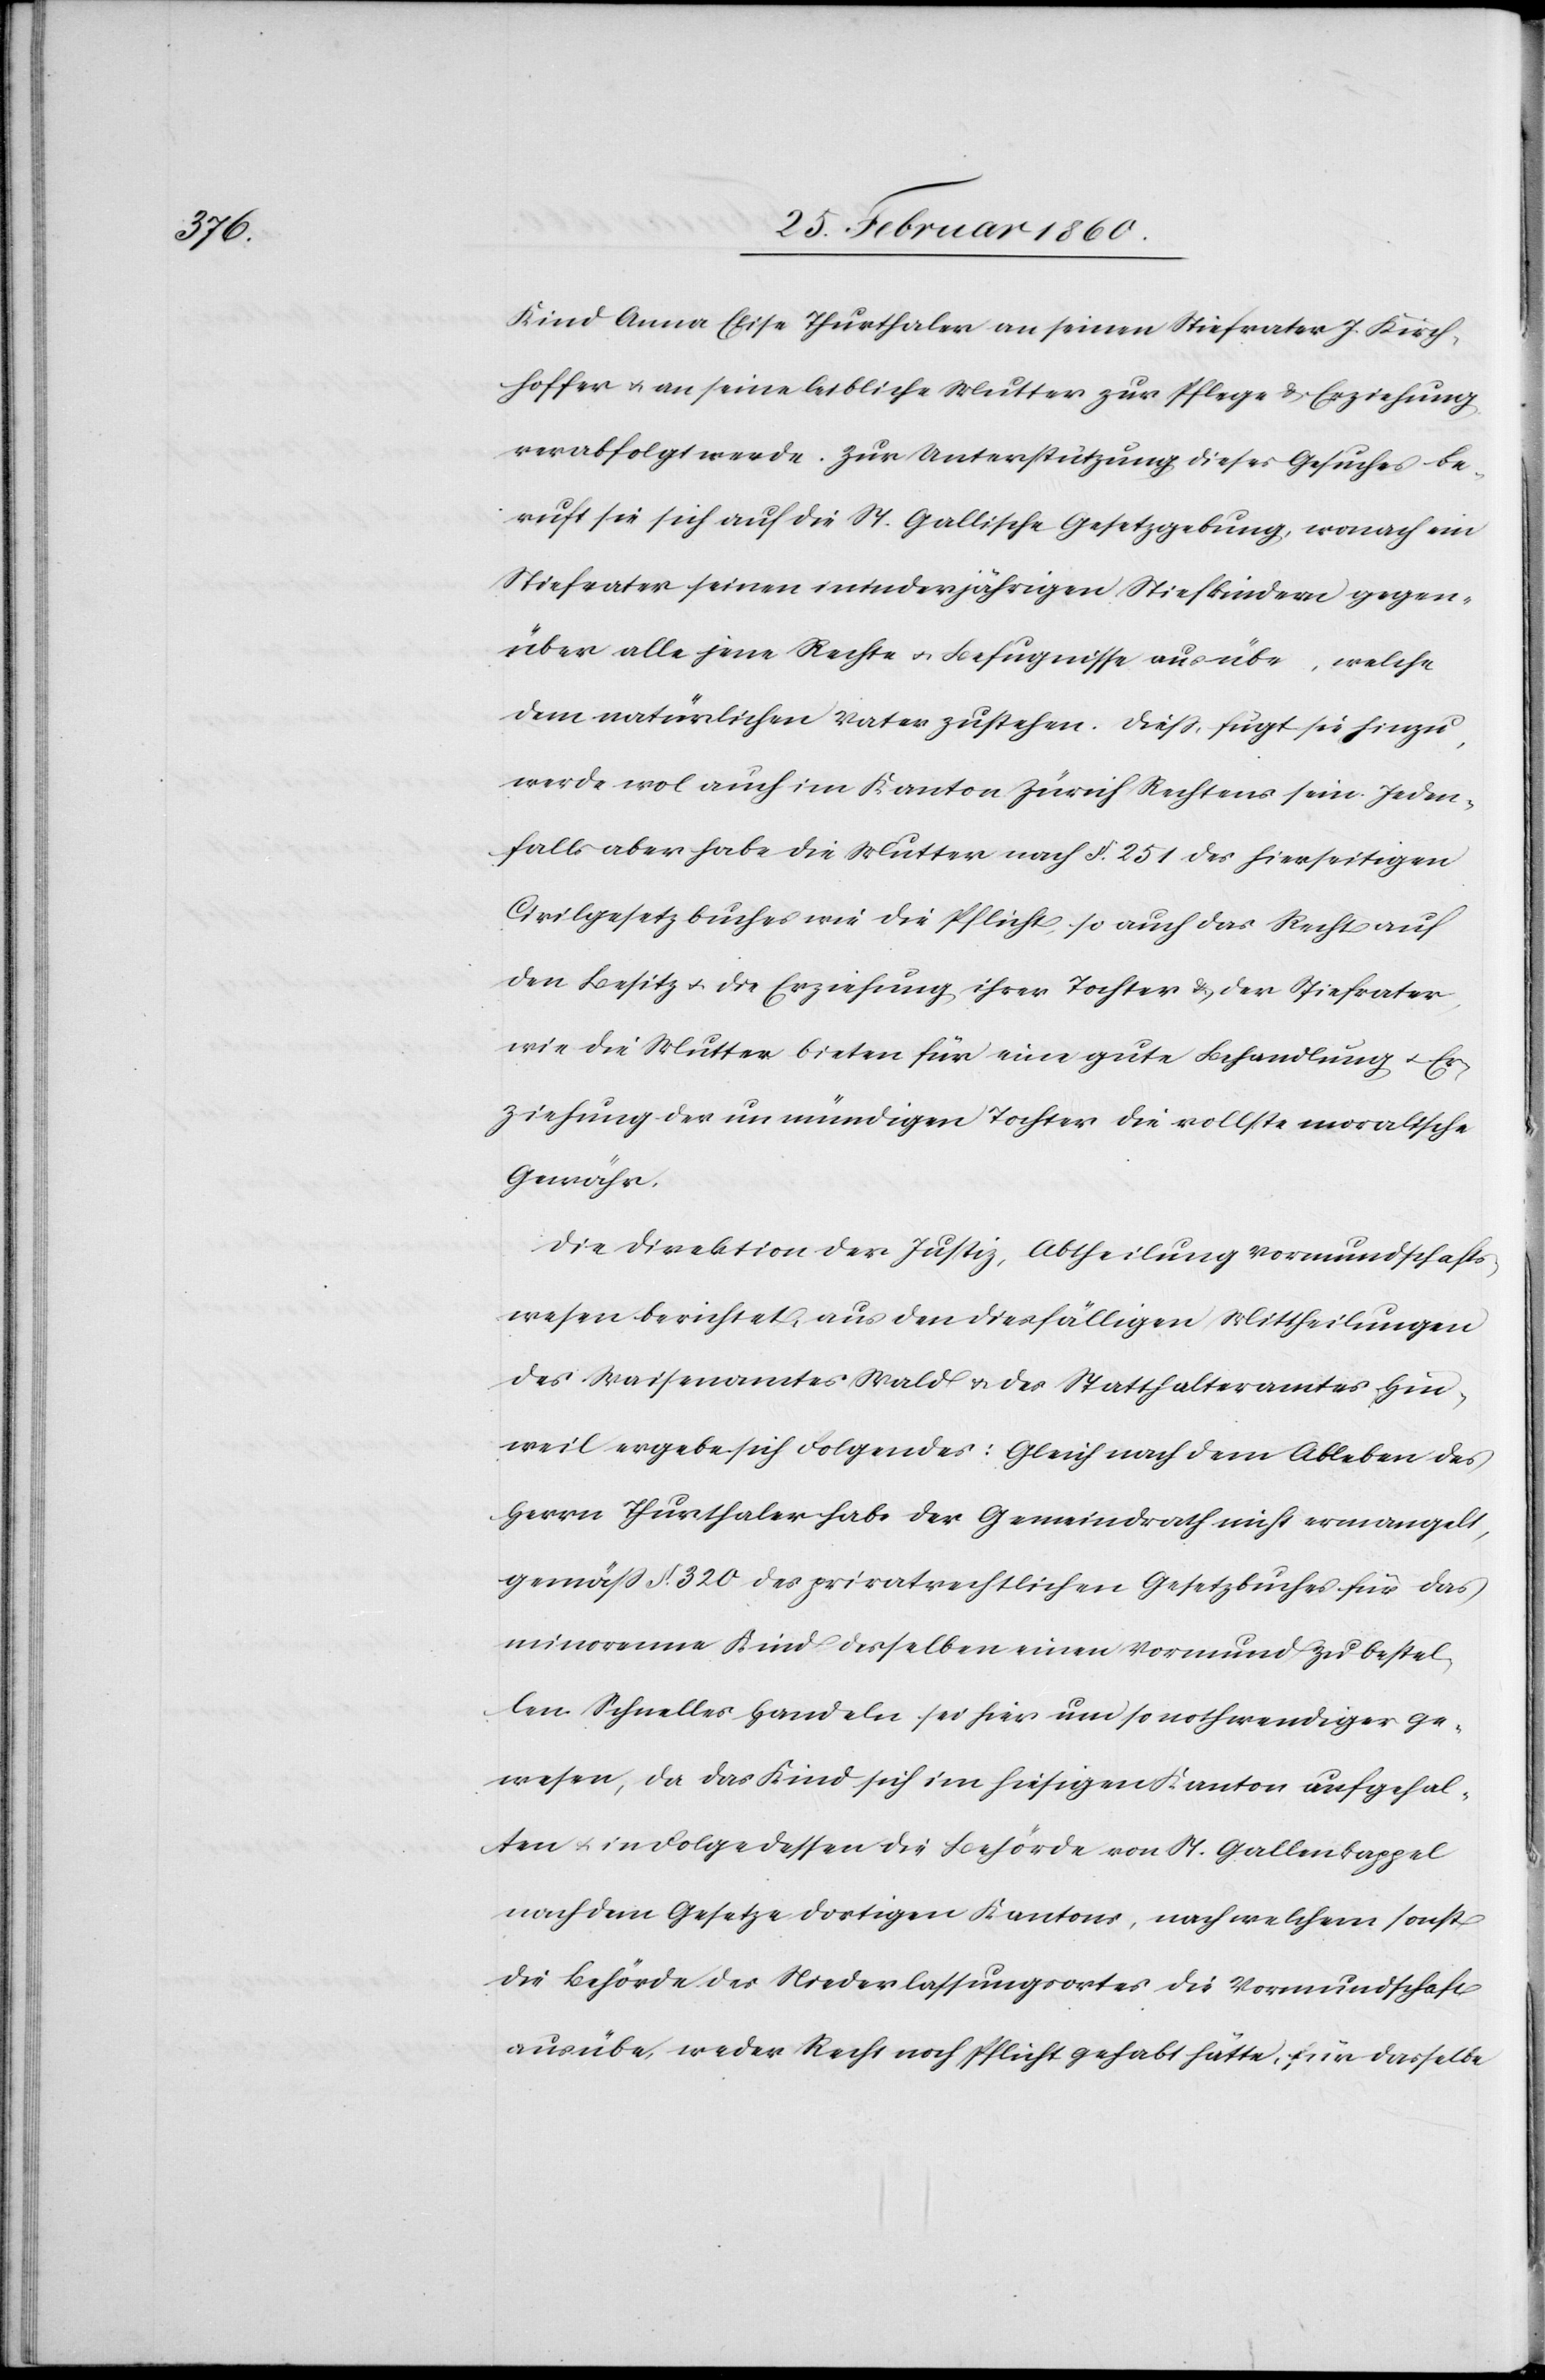
Kind Anna Elise Thurthaler an seinen Stiefvater J. Kirch¬
hoffer [sic!] u. an seine leibliche Mutter zur Pflege u. Erziehung
verabfolgt werde. Zur Unterstützung dieses Gesuches be¬
ruft sie sich auf die St. Gallische Gesetzgebung, wonach ein
Stiefvater seinen minderjährigen Steifkindern gegen¬
über alle jene Rechte u. Befugnisse ausübe, welche
dem natürlichen Vater zustehen. Diess, fügt sie hinzu,
werde wol auch im Kanton Zürich Rechtens sein. Jeden¬
falls aber habe die Mutter nach §. 251. des hierseitigen
Civilgesetzbuches wie die Pflicht, so auch das Recht auf
den Besitz u. die Erziehung ihrer Tochter u. der Stiefvater,
wie die Mutter bieten für eine gute Behandlung u. Er¬
ziehung der unmündigen Tochter die vollste moralische
Gewähr.
Die Direktion der Justiz, Abtheilung Vormundschafts¬
wesen berichtet, aus den diesfälligen Mittheilungen
des Waisenamtes Wald u. des Statthalteramtes Hin¬
weil ergebe sich Folgendes: Gleich nach dem Ableben des
Herrn Thurthaler habe der Gemeindrath nicht ermangelt,
gemäss §. 320. des privatrechtlichen Gesetzbuches für das
minorenne Kind derselben einen Vormund zu bestel¬
len. Schnelles Handeln sei hier um so nothwendiger ge¬
wesen, da das Kind sich im hiesigen Kanton aufgehal¬
ten u. in Folge dessen die Behörde von St. Gallen-Kappel
nach dem Gesetze dortigen Kantons, nach welchem sonst
die Behörde des Niederlassungsortes die Vormundschaft
ausübe, weder Recht noch Pflicht hätte, für dasselbe